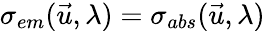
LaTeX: \sigma_{em}(\vec{u},\lambda)=\sigma_{abs}(\vec{u},\lambda)